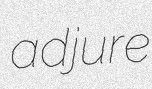
adjure